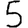
Digit: 5